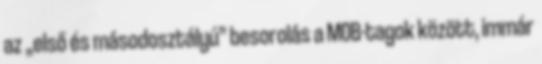
az „első és másodosztályú” besorolás a MOB-tagok között, immár